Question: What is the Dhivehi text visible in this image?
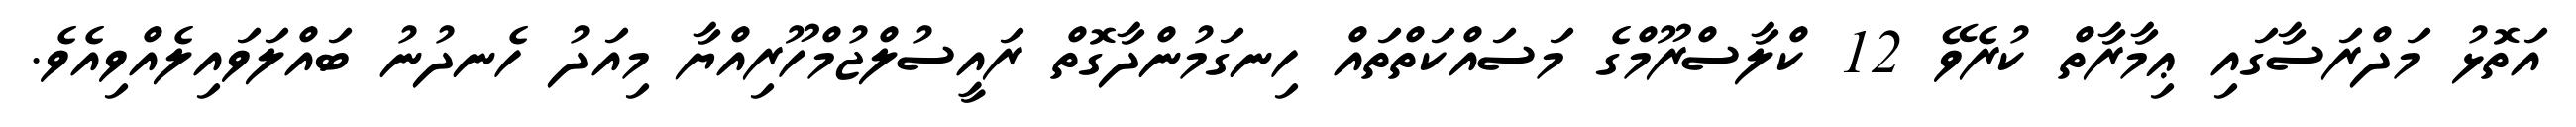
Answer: އަތޮޅު މަދްރަސާގައި ޢިމާރާތް ކުރެވޭ 12 ކްލާސްރޫމްގެ މަސައްކަތްތައް ހިނގަމުންދާގޮތް ރައީސުލްޖުމްހޫރިއްޔާ މިއަދު ހެނދުނު ބައްލަވައިލެއްވިއެވެ.